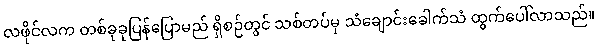
လဖိုင်လက တစ်ခုခုပြန်ပြောမည် ရှိစဉ်တွင် သစ်တပ်မှ သံချောင်းခေါက်သံ ထွက်ပေါ်လာသည်။